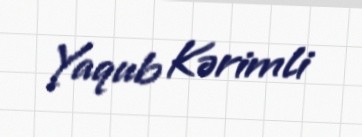
Yaqub Kərimli